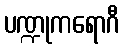
ပဏ္ဍုကရောဂီ